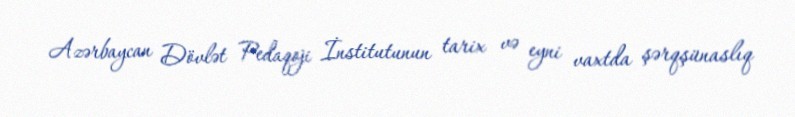
Azərbaycan Dövlət Pedaqoji İnstitutunun tarix və eyni vaxtda şərqşünaslıq